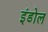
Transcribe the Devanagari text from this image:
इंडोल